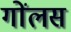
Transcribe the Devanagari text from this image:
गोंलस